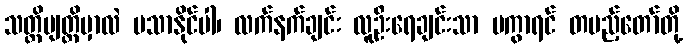
သတ္တိဗျတ္တိမှာလဲ မသာနိုင်ပါ၊ လက်နက်ချင်း လူဦးရေချင်းသာ မကွာရင် တပည့်တော်တို့